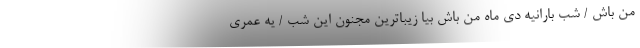
من باش / شب بارانیه دی ماه من باش بیا زیباترین مجنون این شب / یه عمری